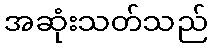
အဆုံးသတ်သည်